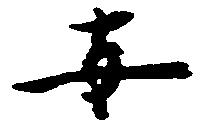
安